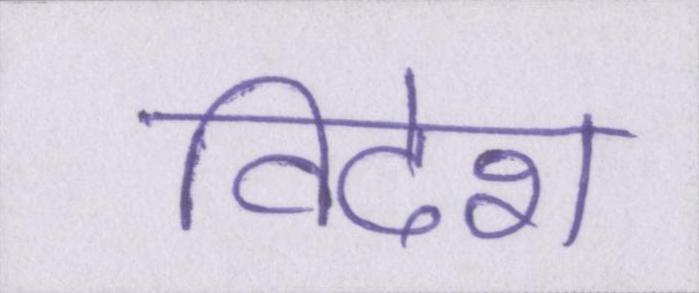
विदेश